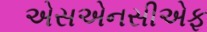
એસએનસીએફ